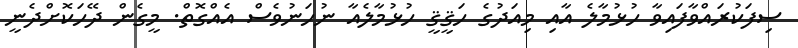
ސިފަކުރައްވާފައިވާ ހުޅުމާލެ އާއި މިއަދުގެ ހަޤީޤީ ހުޅުމާލެއާ ނުހަނުވެސް އެއްގޮތް. މީގެން ދޭހަކޮށްދެނީ